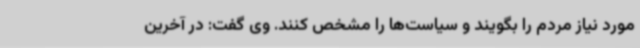
مورد نیاز مردم را بگویند و سیاست‌ها را مشخص کنند. وی گفت: در آخرین